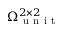
\Omega _ { \mathrm { ~ u ~ n ~ i ~ t ~ } } ^ { 2 \times 2 }